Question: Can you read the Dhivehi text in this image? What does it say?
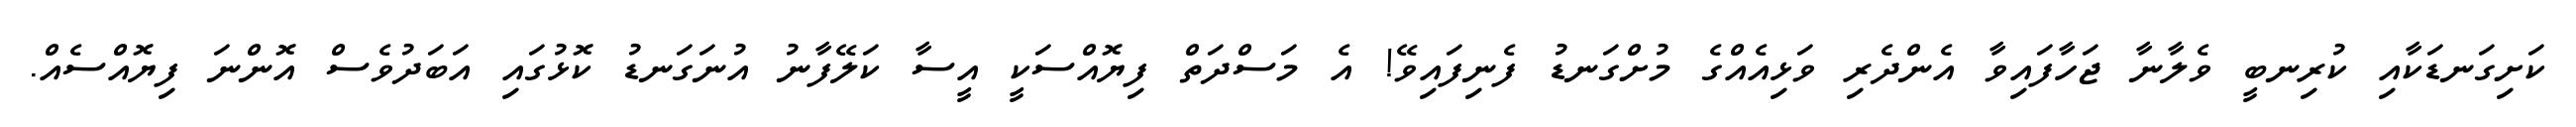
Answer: ކަށިގަނޑަކާއި ކުރިނބީ ވެލާނާ ޖަހާފައިވާ އެންދެރި ވަޅިއެއްގެ މުށްގަނޑު ފެނިފައިވޭ! އެ މަސްދަތް ފިޔޮއްސަކީ އީސާ ކަލޭފާނު އުނަގަނޑު ކޮޅުގައި އަބަދުވެސް އޮންނަ ފިޔޮއްސެއް.